Report of the Indian Hemp Drugs Commission, 1894-1895 - Volume V
Year: 1894
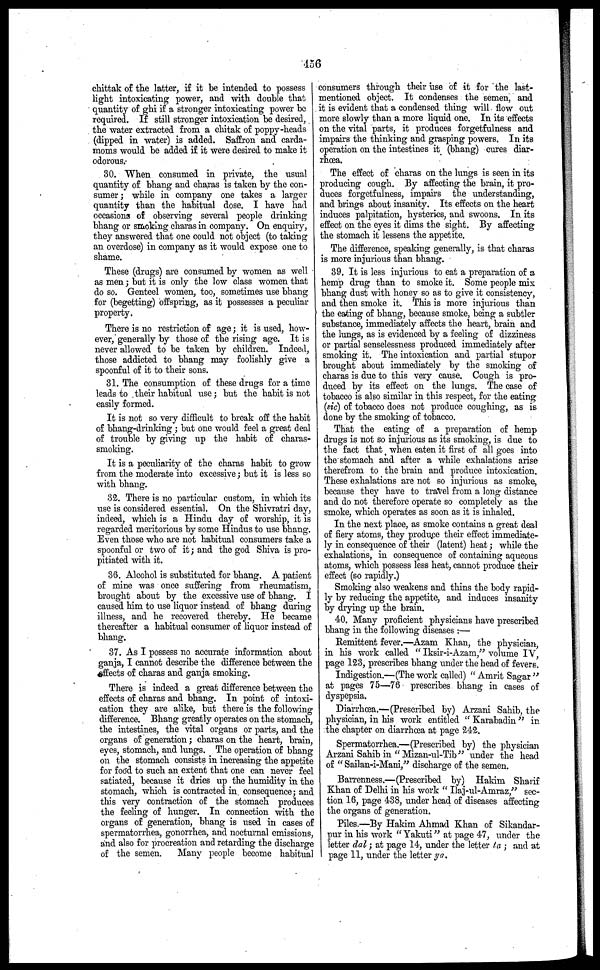
456
chittak of the latter, if it be intended to possess
light intoxicating power, and with double that
quantity of ghi if a stronger intoxicating power be
required. If still stronger intoxication be desired,
the water extracted from a chitak of poppy-heads
(dipped in water) is added. Saffron and carda-
moms would be added if it were desired to make it
odorous.
30. When consumed in private, the usual
quantity of bhang and charas is taken by the con-
sumer ; while in company one takes a larger
quantity than the habitual dose. I have had
occasions of observing several people drinking
bhang or smoking charas in company. On enquiry,
they answered that one could not object (to taking
an overdose) in company as it would expose one to
shame.
These (drugs) are consumed by women as well
as men; but it is only the low class women that
do so. Genteel women, too, sometimes use bhang
for (begetting) offspring, as it possesses a peculiar
property.
There is no restriction of age; it is used, how-
ever, generally by those of the rising age. It is
never allowed to be taken by children. Indeed,
those addicted to bhang may foolishly give a
spoonful of it to their sons.
31. The consumption of these drugs for a time
leads to their habitual use; but the habit is not
easily formed.
It is not so very difficult to break off the habit
of bhang-drinking ; but one would feel a great deal
of trouble by giving up the habit of charas-
smoking.
It is a peculiarity of the charas habit to grow
from the moderate into excessive; but it is less so
with bhang.
32. There is no particular custom, in which its
use is considered essential. On the Shivratri day,
indeed, which is a Hindu day of worship, it is
regarded meritorious by some Hindus to use bhang.
Even those who are not habitual consumers take a
spoonful or two of it; and the god Shiva is pro-
pitiated with it.
36. Alcohol is substituted for bhang. A patient
of mine was once suffering from rheumatism,
brought about by the excessive use of bhang. I
caused him to use liquor instead of bhang during
illness, and he recovered thereby. He became
thereafter a habitual consumer of liquor instead of
bhang.
37. As I possess no accurate information about
ganja, I cannot describe the difference between the
effects of charas and ganja smoking.
There is indeed a great difference between the
effects of charas and bhang. In point of intoxi-
cation they are alike, but there is the following
difference. Bhang greatly operates on the stomach,
the intestines, the vital organs or parts, and the
organs of generation; charas on the heart, brain,
eyes, stomach, and lungs. The operation of bhang
on the stomach consists in increasing the appetite
for food to such an extent that one can never feel
satiated, because it dries up the humidity in the
stomach, which is contracted in consequence; and
this very contraction of the stomach produces
the feeling of hunger. In connection with the
organs of generation, bhang is used in cases of
spermatorrhea, gonorrhea, and nocturnal emissions,
and also for procreation and retarding the discharge
of the semen.
Many people become habitual
consumers through their use of it for the last-
mentioned object. It condenses the semen, and
it is evident that a condensed thing will flow out
more slowly than a more liquid one. In its effects
on the vital parts, it produces forgetfulness and
impairs the thinking and grasping powers. In its
operation on the intestines it (bhang) cures diar-
rhœa.
The effect of charas on the lungs is seen in its
producing cough. By affecting the brain, it pro-
duces forgetfulness, impairs the understanding,
and brings about insanity. Its effects on the heart
induces palpitation, hysterics, and swoons. In its
effect on the eyes it dims the sight. By affecting
the stomach it lessens the appetite.
The difference, speaking generally, is that charas
is more injurious than bhang.
39. It is less injurious to eat a preparation of a
hemp drug than to smoke it. Some people mix
bhang dust with honey so as to give it consistency,
and then smoke it. This is more injurious than
the eating of bhang, because smoke, being a subtler
substance, immediately affects the heart, brain and
the lungs, as is evidenced by a feeling of dizziness
or partial senselessness produced immediately after
smoking it. The intoxication and partial stupor
brought about immediately by the smoking of
charas is due to this very cause. Cough is pro-
duced by its effect on the lungs. The case of
tobacco is also similar in this respect, for the eating
(sic) of tobacco does not produce coughing, as is
done by the smoking of tobacco.
That the eating of a preparation of hemp
drugs is not so injurious as its smoking, is due to
the fact that when eaten it first of all goes into
the stomach and after a while exhalations arise
therefrom to the brain and produce intoxication.
These exhalations are not so injurious as smoke,
because they have to travel from a long distance
and do not therefore operate so completely as the
smoke, which operates as soon as it is inhaled.
In the next place, as smoke contains a great deal
of fiery atoms, they produce their effect immediate-
ly in consequence of their (latent) heat; while the
exhalations, in consequence of containing aqueous
atoms, which possess less heat, cannot produce their
effect (so rapidly.)
Smoking also weakens and thins the body rapid-
ly by reducing the appetite, and induces insanity
by drying up the brain.
40. Many proficient physicians have prescribed
bhang in the following diseases :—
Remittent fever.—Azam Khan, the physician,
in his work called " Iksir-i-Azam," volume IV,
page 123, prescribes bhang under the head of fevers.
Indigestion.—(The work called) " Amrit Sagar "
at pages 75—76 prescribes bhang in cases of
dyspepsia.
Diarrhœa.—(Prescribed by) Arzani Sahib, the
physician, in his work entitled " Karabadin " in
the chapter on diarrhœa at page 242.
Spermatorrhea.—(Prescribed by) the physician
Arzani Sahib in " Mizan-ul-Tib" under the head
of " Sailan-i-Mani," discharge of the semen.
Barrenness.—(Prescribed by) Hakim Sharif
Khan of Delhi in his work " Ilaj-ul-Amraz/' sec-
tion 16, page 438, under head of diseases affecting
the organs of generation.
Piles.—By Hakim Ahmad Khan of Sikandar-
pur in his work " Yakuti" at page 47, under the
letter dal; at page 14, under the letter ta ; and at
page 11, under the letter ya.